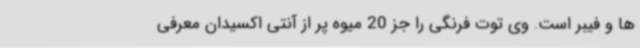
ها و فیبر است. وی توت فرنگی را جز 20 میوه پر از آنتی اکسیدان معرفی